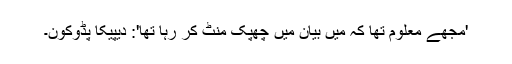
'مجھے معلوم تھا کہ میں بیان میں چھپک منٹ کر رہا تھا': دیپیکا پڈوکون۔